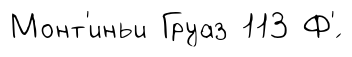
Монт'иньи Груаз 113 Ф'́